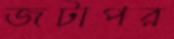
জটাপর